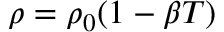
\rho = \rho _ { 0 } ( 1 - \beta T )